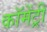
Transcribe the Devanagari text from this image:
कॉमेंट्री